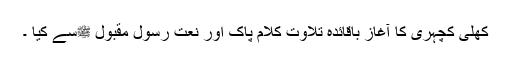
کھلی کچہری کا آغاز باقائدہ تلاوت کلام پاک اور نعت رسول مقبول ﷺسے کیا ۔